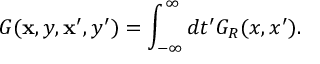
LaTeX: G ( { \bf x } , y , { \bf x } ^ { \prime } , y ^ { \prime } ) = \int _ { - \infty } ^ { \infty } d t ^ { \prime } G _ { R } ( x , x ^ { \prime } ) .